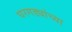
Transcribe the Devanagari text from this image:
घरगड्यांच्या